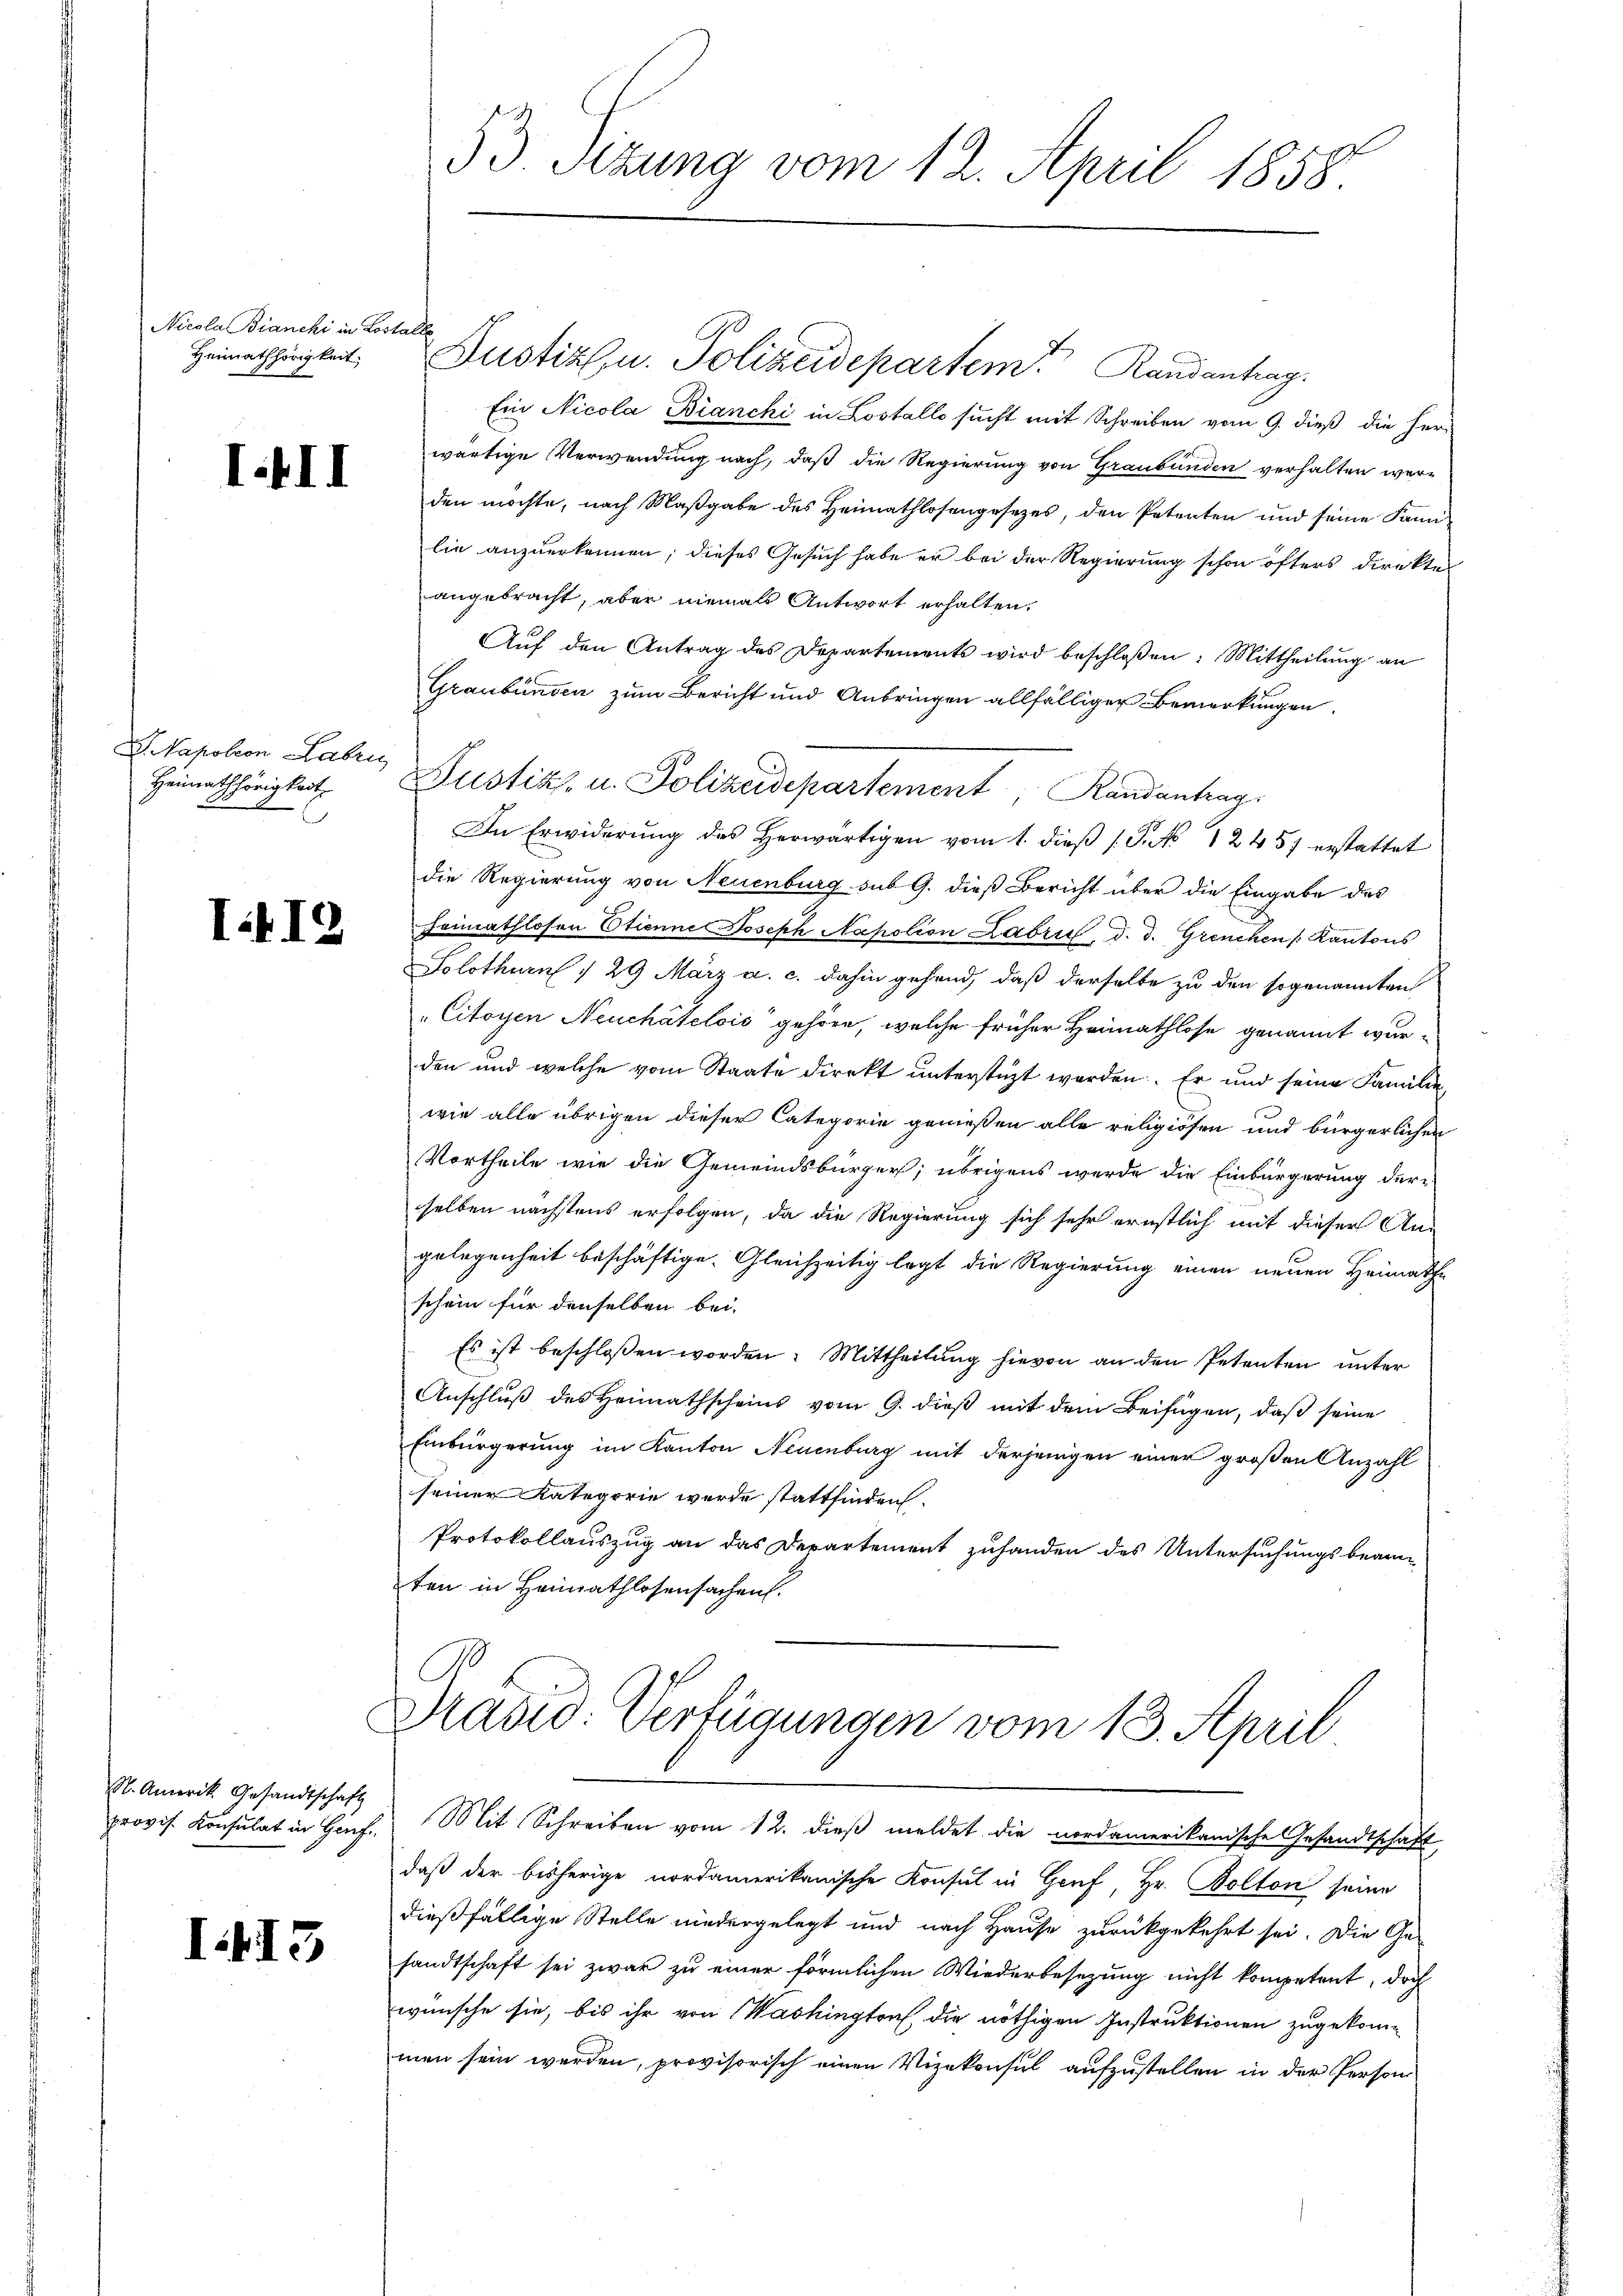
Nicola Bianchi in Lostalle
Heimathörigkeit.

I.III

D. Napoleon Labri

Tit I

S. Amerik. Gesandtschaft

I.113

53. Sizung vom 12. April 1858.

Heimathörigkeit Zustik. u. Polizeidepartement, Randantrag

Justiz u. Polizeidepartem Randantrag.
Ein Nicola Bianchi in Lostallo sucht mit Schreiben vom 9. dieß die Her-
wärtige Verwendung nach, daß die Regierung von Graubünden verhalten werden möchte, nach Maßgabe des Heimathlosengesetzes, den Peterten und seine Kan
lie anzuerkennen; dieses Gesuch habe er bei der Regierung schon öfters Direkten
angebracht, aber niemals Antwort erhalten.
Auf den Antrag des Departements wird beschloßen: Mittheilung an
Graubünden zum Bericht und Anbringen allfälliger Bemerkungen
In Erwiderung des herwärtigen vom 1. dieβ (Pato 12457 erstattet
die Regierung von Neuenburg sub 9. dieß Bericht über die Eingabe des
Heimathlosen Etienne Joseph Napolion Labrić, d. d. Grenchen Kantons
Solothurn § 29 März a. c. dahin gehend, daß derselbe zu den sogenannten
"Citoyen Neuchâtelois gehöre, welche früher Heimathlose genannt wurden und welche vom Staate direkt unterstüzt werden. Er und seine Familie
wie alle übrigen dieser Categorie genießen alle religiösen und bürgerlichen
Vortheile wie die Gemeindsbürger; übrigens werde die Einbürgerung derselben nächstens erfolgen, da die Regierung sich sehr ernstlich mit dieser Angelegenheit beschäftige. Gleichzeitig legt die Regierung einen neuen Heimathe
schein für denselben bei.
Es ist beschlossen worden. Mittheilung hievon an den Petenten unter
Anschluß des Heimathscheins vom 9. dieß mit dem Beifügen, daß seine
Einbürgerung im Kanton Neuenburg mit derjenigen einer großen Anzahl
seiner Kategorie wurde stattfinden.
Protokollauszug an das Departement zuhanden des Untersuchungsbeam
ten in Heimathlosensachen.

Präsid. Verfügungen vom 13. April
provis. Konsulat in Hof. Mit Schreiben vom 12. dieß meldet die nordamerikanische Gesandtschaft

daß der bisherige nordamerikanische Konsul in Genf, Hr. Bolton seine
dießfällige Stelle niedergelegt und nach Hause zurückgekehrt sei. Die Ge-
sandtschaft sei zwar zu einer förmlichen Wiederbesezung nicht kompetent, doch
wünsche sie, bis ihr von Washington, die nöthigen Instruktionen zugekommen sein werden, provisorisch einen Vizekonsul aufzustellen in der Person